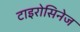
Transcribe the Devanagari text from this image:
टाइरोसिनेज